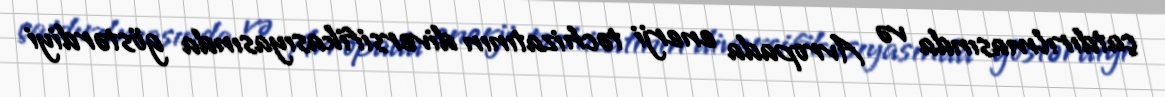
çatdırılmasında və Avropada enerji təchizatının diversifikasıyasında göstərdiyi